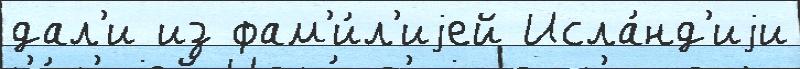
дал'и из фам'и́л'иjей Исла́нд'иjи